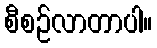
စီစဉ်လာတာပါ။